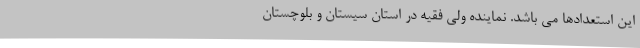
این استعدادها می باشد. نماینده ولی فقیه در استان سیستان و بلوچستان